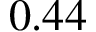
0 . 4 4